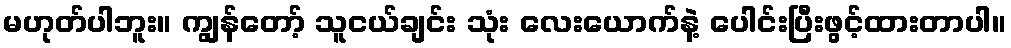
မဟုတ်ပါဘူး။ ကျွန်တော့် သူငယ်ချင်း သုံး လေးယောက်နဲ့ ပေါင်းပြီးဖွင့်ထားတာပါ။